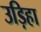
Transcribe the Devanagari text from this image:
उड़िहा